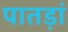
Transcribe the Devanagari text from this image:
पातड़ां